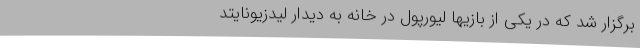
برگزار شد که در یکی از بازیها لیورپول در خانه به دیدار لیدزیونایتد